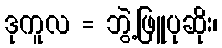
ဒုကူလ = ဘွဲ့ဖြူပုဆိုး၊